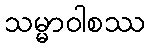
သမ္မာဝါစဿ